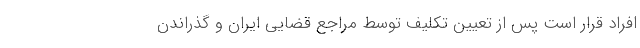
افراد قرار است پس از تعیین تکلیف توسط مراجع قضایی ایران و گذراندن